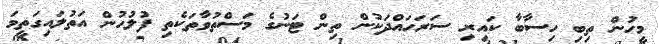
މީހުން ތިބި ހިސާބާ ކައިރި ސަރަހައްދަކުން ތިން ޓަނުގެ މަސްތުވާތަކެތި ފުލުހުން އަތުލައިގަތީމަ